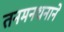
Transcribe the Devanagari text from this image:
तनमनधनाने